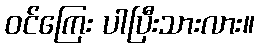
ဝင်ကြေး ပါပြီးသားလား။